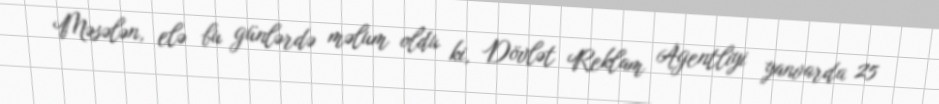
Məsələn, elə bu günlərdə məlum oldu ki, Dövlət Reklam Agentliyi yanvarda 25